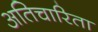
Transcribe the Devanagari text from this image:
अतिचारिता